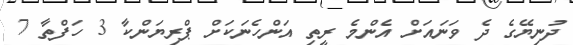
ދުނިޔޭގެ ދެ ވަނައަށް އެންމެ ރީތި އަންހެނަކަށް ޕްރިޔަންކާ 3 ހަފްތާ 7